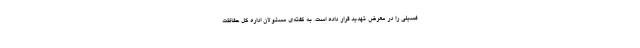
فسیلی را در معرض تهدید قرار داده است. به گفته‌ی مسئولان اداره کل حفاظت